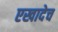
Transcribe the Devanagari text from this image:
एखादेच